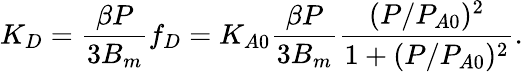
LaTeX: K_{D}=\frac{\beta P}{3B_{m}}f_{D}=K_{A0}\frac{\beta P}{3B_{m}}\frac{(P/P_{A0})^{2}}{1+(P/P_{A0})^{2}}.